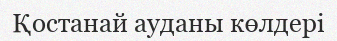
Қостанай ауданы көлдері